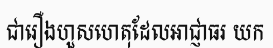
ជារឿងហួសហេតុដែលអាជ្ញាធរ យក